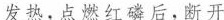
发热，点燃红磷后，断开